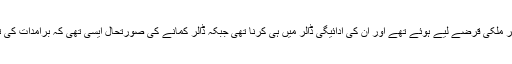
انہوں نے بتایا کہ ہمارے آنے سے پہلے 10 کروڑ ڈالر کے غیر ملکی قرضے لیے ہوئے تھے اور ان کی ادائیگی ڈالر میں ہی کرنا تھی جبکہ ڈالر کمانے کی صورتحال ایسی تھی کہ برآمدات کی ترقی صفر تھی اور تجارت کا فرق 40 ارب ڈالر کے قریب تھا۔